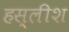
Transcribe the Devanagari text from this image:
हस्लीश